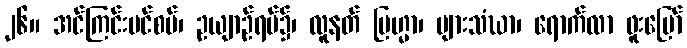
၂၆။ အင်ကြင်းပင်စပ်၊ ဥယျာဉ်ရပ်၌၊ လူနတ် ဗြဟ္မာ၊ များသံဃာ၊ ရောက်လာ ဖူးမြော်